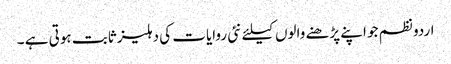
اردو نظم جو اپنے پڑھنے والوں کیلئے نئی روایات کی دہلیز ثابت ہوتی ہے ۔